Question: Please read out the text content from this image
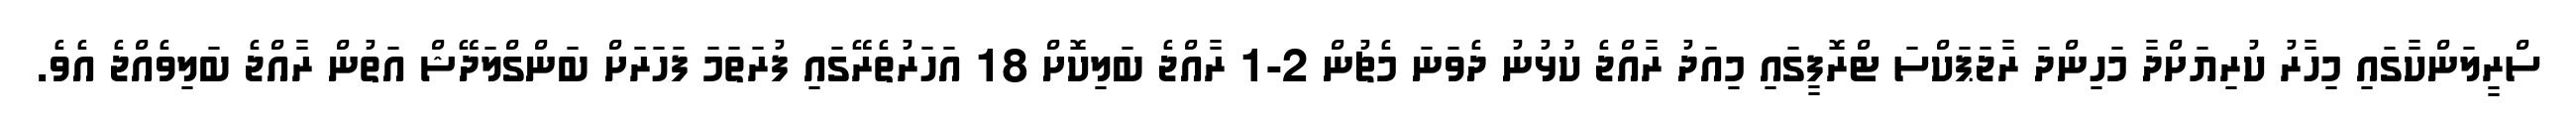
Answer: ސްރީލަންކާގައި މިހާރު ކުރިޔަށްދާ މަހިންދަ ރާޖަޕަކްސަ ޓްރޮފީގައި މިއަދު ރާއްޖެ ކުޅުނު ދެވަނަ މެޗުން 2-1 ރާއްޖެ ބަލިކޮށް 18 އަހަރުތެރޭގައި ފުރަތަމަ ފަހަރަށް ބަންގްލަދޭޝް އަތުން ރާއްޖެ ބަލިވެއްޖެ އެވެ.